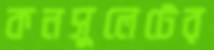
কনসুলেটের